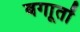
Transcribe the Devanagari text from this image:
बगाूतों